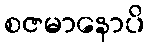
စဇမာနောပိ